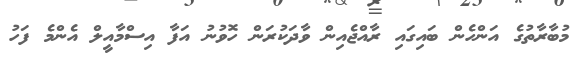
މުބާރާތުގެ އަންހެން ބައިގައި ރާއްޖެއިން ވާދަކުރަން ހޮވުނު އަފާ އިސްމާއީލް އެންމެ ފަހު